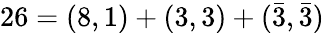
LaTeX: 26=(8,1)+(3,3)+(\bar{3},\bar{3})